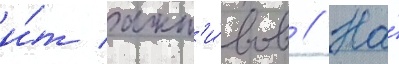
и́т акт'и́вов // На́